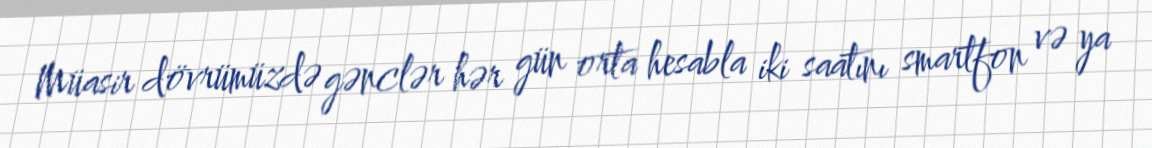
Müasir dövrümüzdə gənclər hər gün orta hesabla iki saatını smartfon və ya